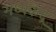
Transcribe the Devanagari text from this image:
मध्यकेंद्र